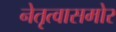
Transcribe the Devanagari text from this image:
नेतृत्वासमोर